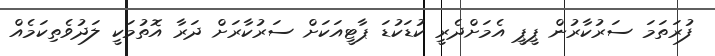
ފުރަތަމަ ސަރުކާރުން ޕީޕީ އެމަށްދެރީ ކުޑަކުޑަ ޕާޓީއަކަށް ސަރުކާރަށް ދަރާ އޮތުމަކީ ލަދުވެތިކަމެއް